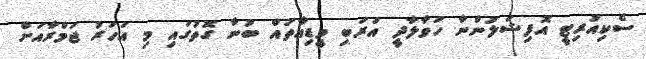
ސެކިއުރިޓީ އޮފިޝަލުންނާ ހަވާލާދީ އަރަބި މީޑިއާތައް ބުނާ ގޮތުގައި މި އަހަރު ޖަމްރާއަށް